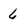
Character: 6